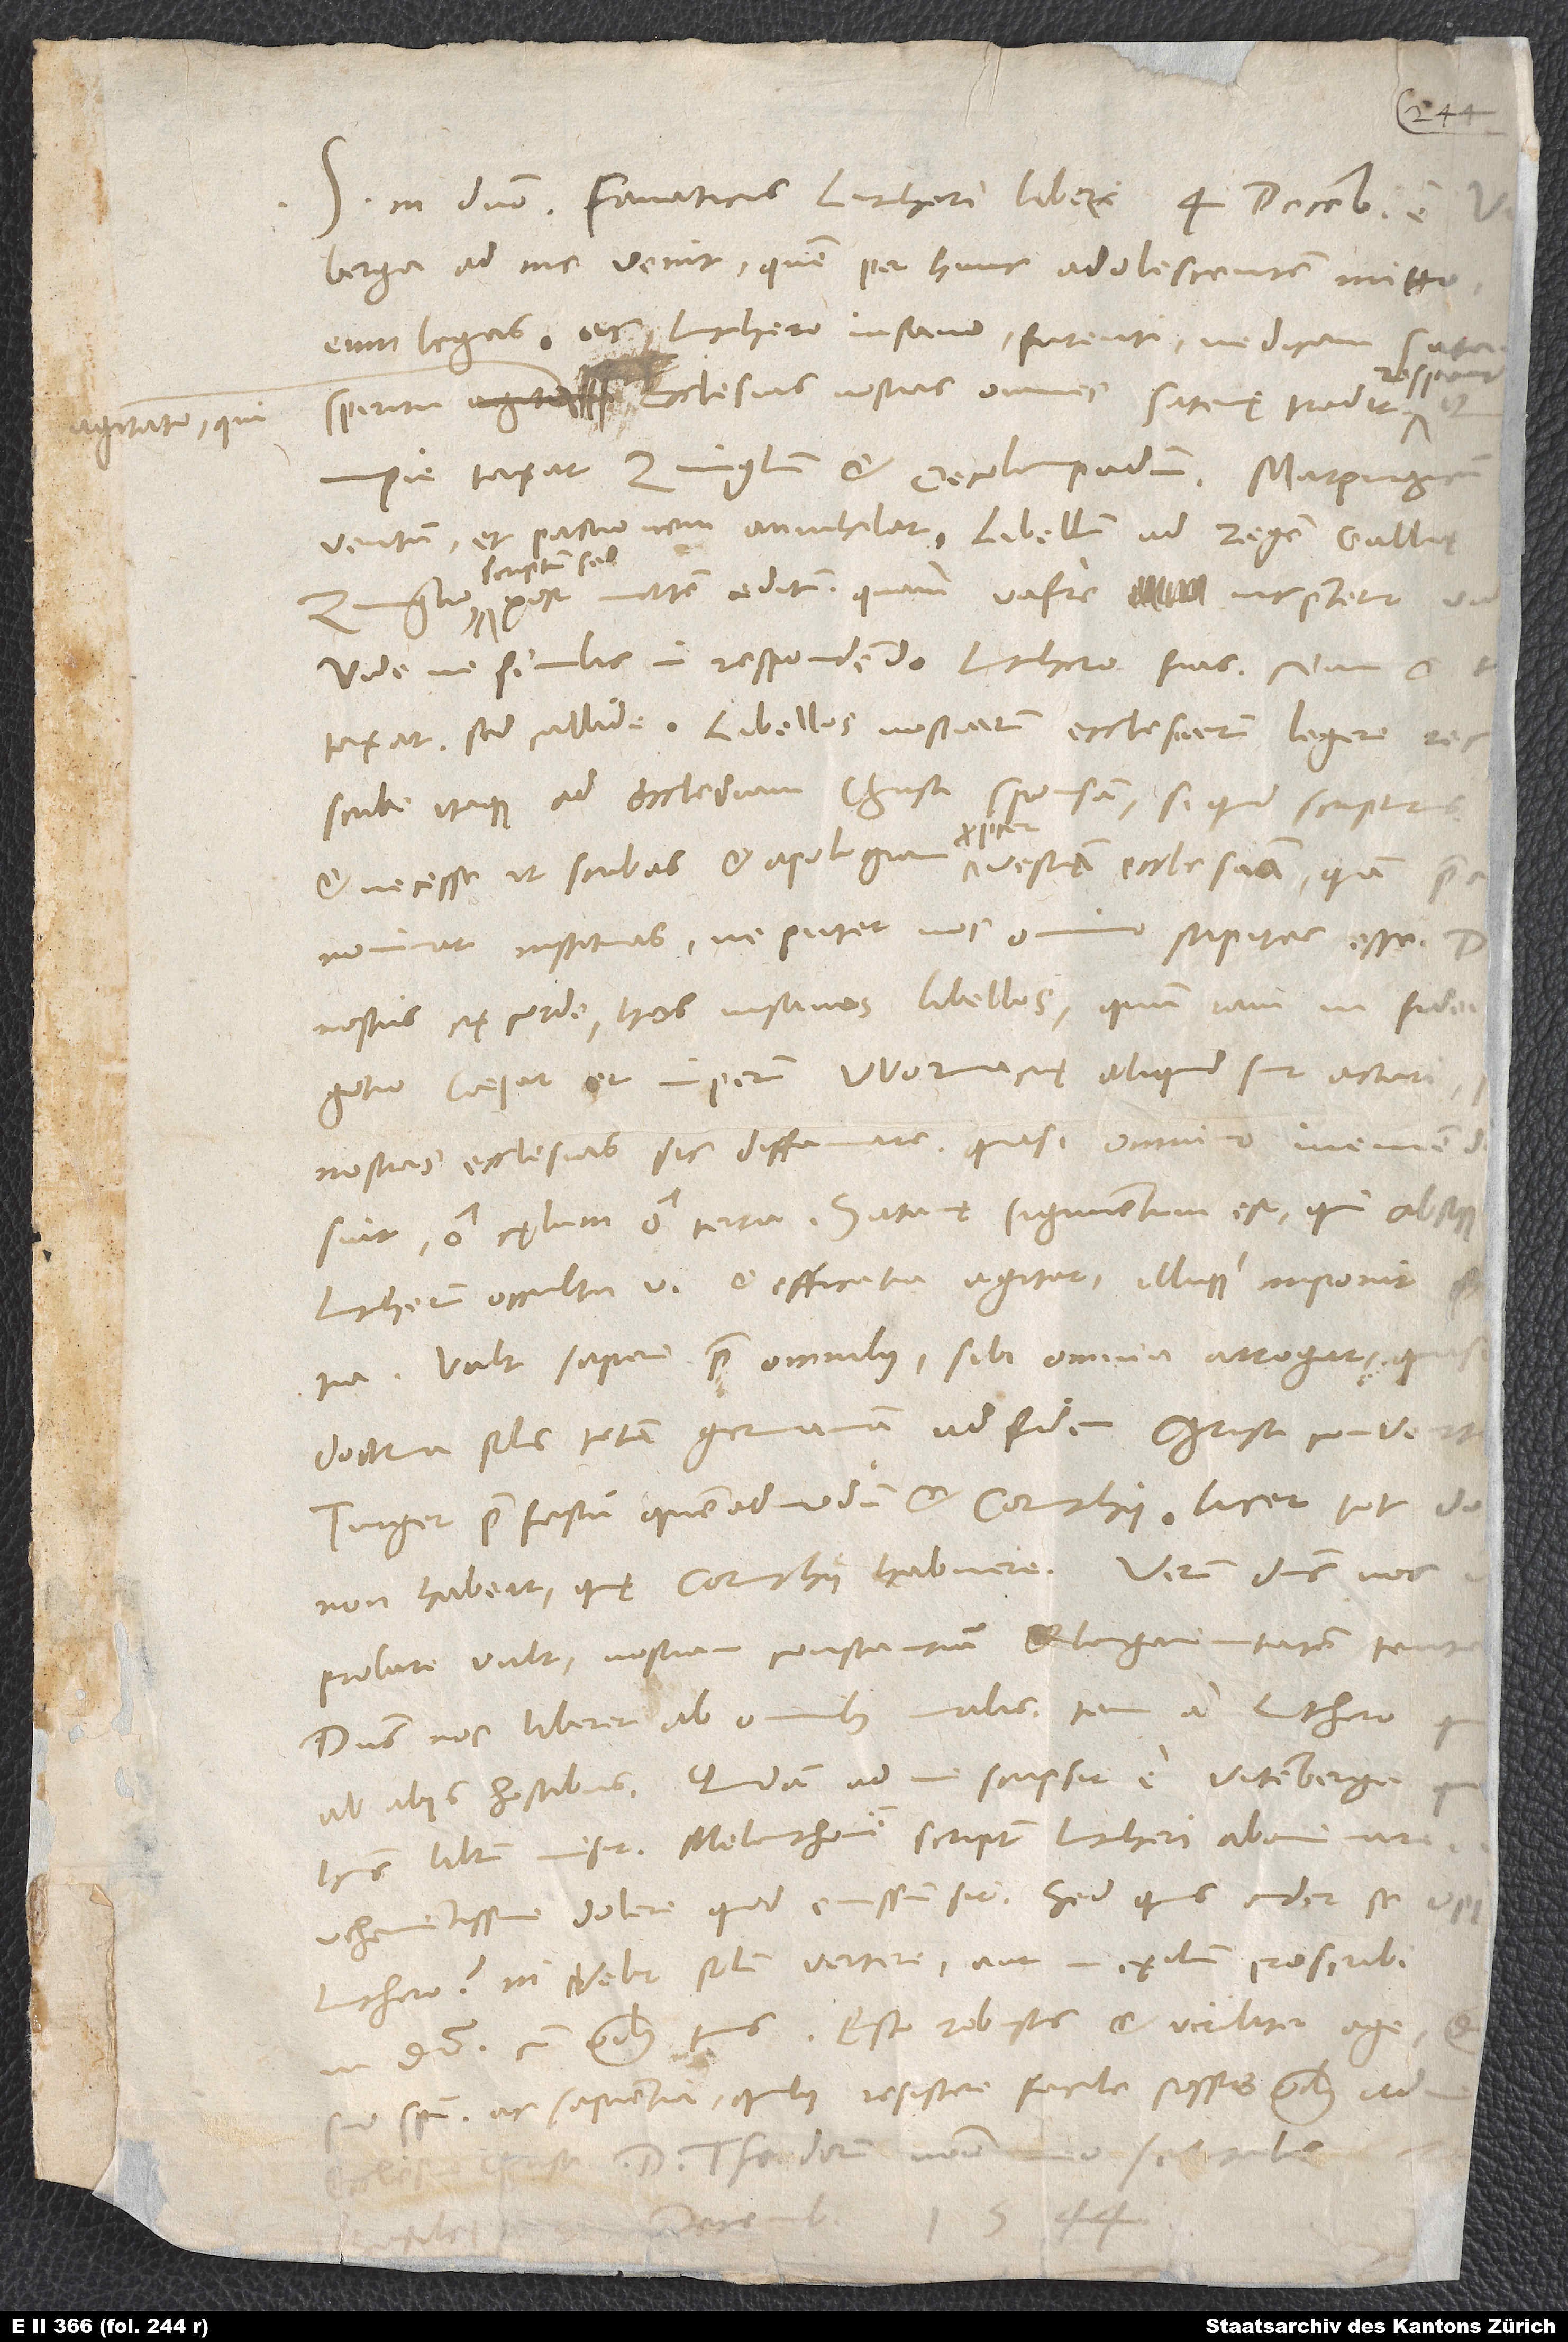
1544.
nominat, instituas, ne putet nos omnino stipites esse.
Luthero, ni velit solum vertere aut in exilium proscribi?
S.